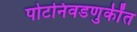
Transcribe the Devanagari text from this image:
पोटनिवडणुकींत